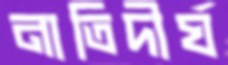
নাতিদীর্ঘ